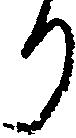
り